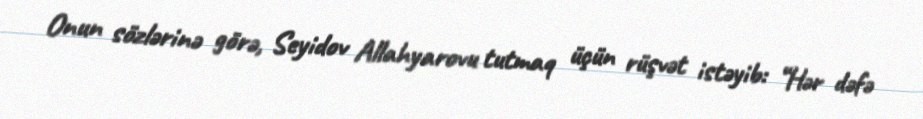
Onun sözlərinə görə, Seyidov Allahyarovu tutmaq üçün rüşvət istəyib: “Hər dəfə